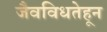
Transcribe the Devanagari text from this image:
जैवविधतेहून